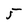
Character: 5